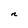
Character: n